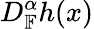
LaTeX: D_{\mathbb{F}}^{\alpha}h(x)